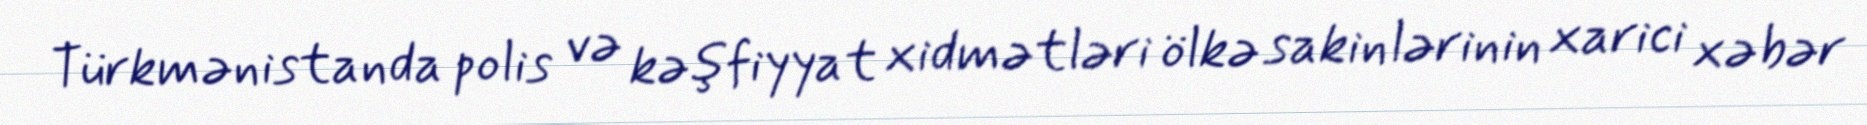
Türkmənistanda polis və kəşfiyyat xidmətləri ölkə sakinlərinin xarici xəbər